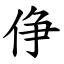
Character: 鿇